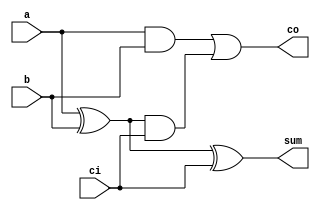
module addbit (a, b, ci, sum, co);
  input  a, b, ci;
  output sum, co;
  wire  a, b, ci, sum, co,
        n1, n2, n3;
  xor    #1 (n1, a, b);
  and    #2 (n2, a, b);
  and    #3 (n3, n1, ci);
  xor    #4 (sum, n1, ci);
  or     #4 (co, n2, n3);
endmodule